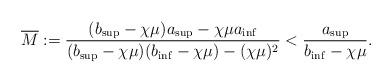
LaTeX: \begin{align*}\overline{M}:=\frac{(b_{\sup}-\chi\mu)a_{\sup}-\chi\mu a_{\inf} }{(b_{\sup}-\chi\mu)(b_{\inf}-\chi\mu)-(\chi\mu)^2}< \frac{a_{\sup}}{b_{\inf}-\chi\mu}.\end{align*}